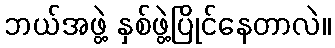
ဘယ်အဖွဲ့ နှစ်ဖွဲ့ပြိုင်နေတာလဲ။